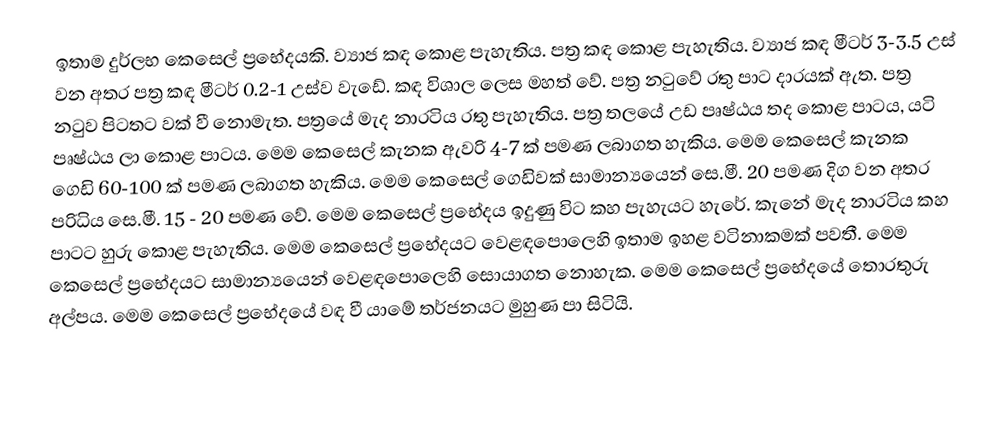
ඉතාම දුර්ලභ කෙසෙල් ප්‍රභේදයකි. ව්‍යාජ කඳ කොළ පැහැතිය‍. පත්‍ර කඳ කොළ පැහැතිය‍. ව්‍යාජ කඳ මීටර් 3-3.5 උස් වන අතර පත්‍ර කඳ මීටර් 0.2-1 උස්ව වැඩේ. කඳ විශාල ලෙස මහත් වේ. පත්‍ර නටුවේ රතු පාට දාරයක් ඇත. පත්‍ර නටුව පිටතට වක් වී නොමැත. පත්‍රයේ මැද නාරටිය රතු පැහැතිය‍. පත්‍ර තලයේ උඩ පෘෂ්ඨය තද කොළ පාටය, යටි පෘෂ්ඨය ලා කොළ පාටය. මෙම කෙසෙල් කැනක ඇවරි 4-7 ක් පමණ ලබාගත හැකිය. මෙම කෙසෙල් කැනක ගෙඩි 60-100 ක් පමණ ලබාගත හැකිය. මෙම කෙසෙල් ගෙඩිවක් සාමාන්‍යයෙන් සෙ.මී. 20 පමණ දිග වන අතර පරිධිය සෙ.මී. 15 - 20 පමණ වේ. මෙම කෙසෙල් ප්‍රභේදය ඉදුණු විට කහ පැහැයට හැරේ. කැනේ මැද නාරටිය කහ පාටට හුරු කොළ පැහැතිය‍. මෙම කෙසෙල් ප්‍රභේදයට වෙළඳපොලෙහි ඉතාම ඉහළ වටිනාකමක් පවතී.  මෙම කෙසෙල් ප්‍රභේදයට සාමාන්‍යයෙන් වෙළඳපොලෙහි සොයාගත නොහැක. මෙම කෙසෙල් ප්‍රභේදයේ තොරතුරු අල්පය. මෙම කෙසෙල් ප්‍රභේදයේ වඳ වී යාමේ තර්ජනයට මුහුණ පා සිටියි.